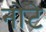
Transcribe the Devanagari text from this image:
नोटे